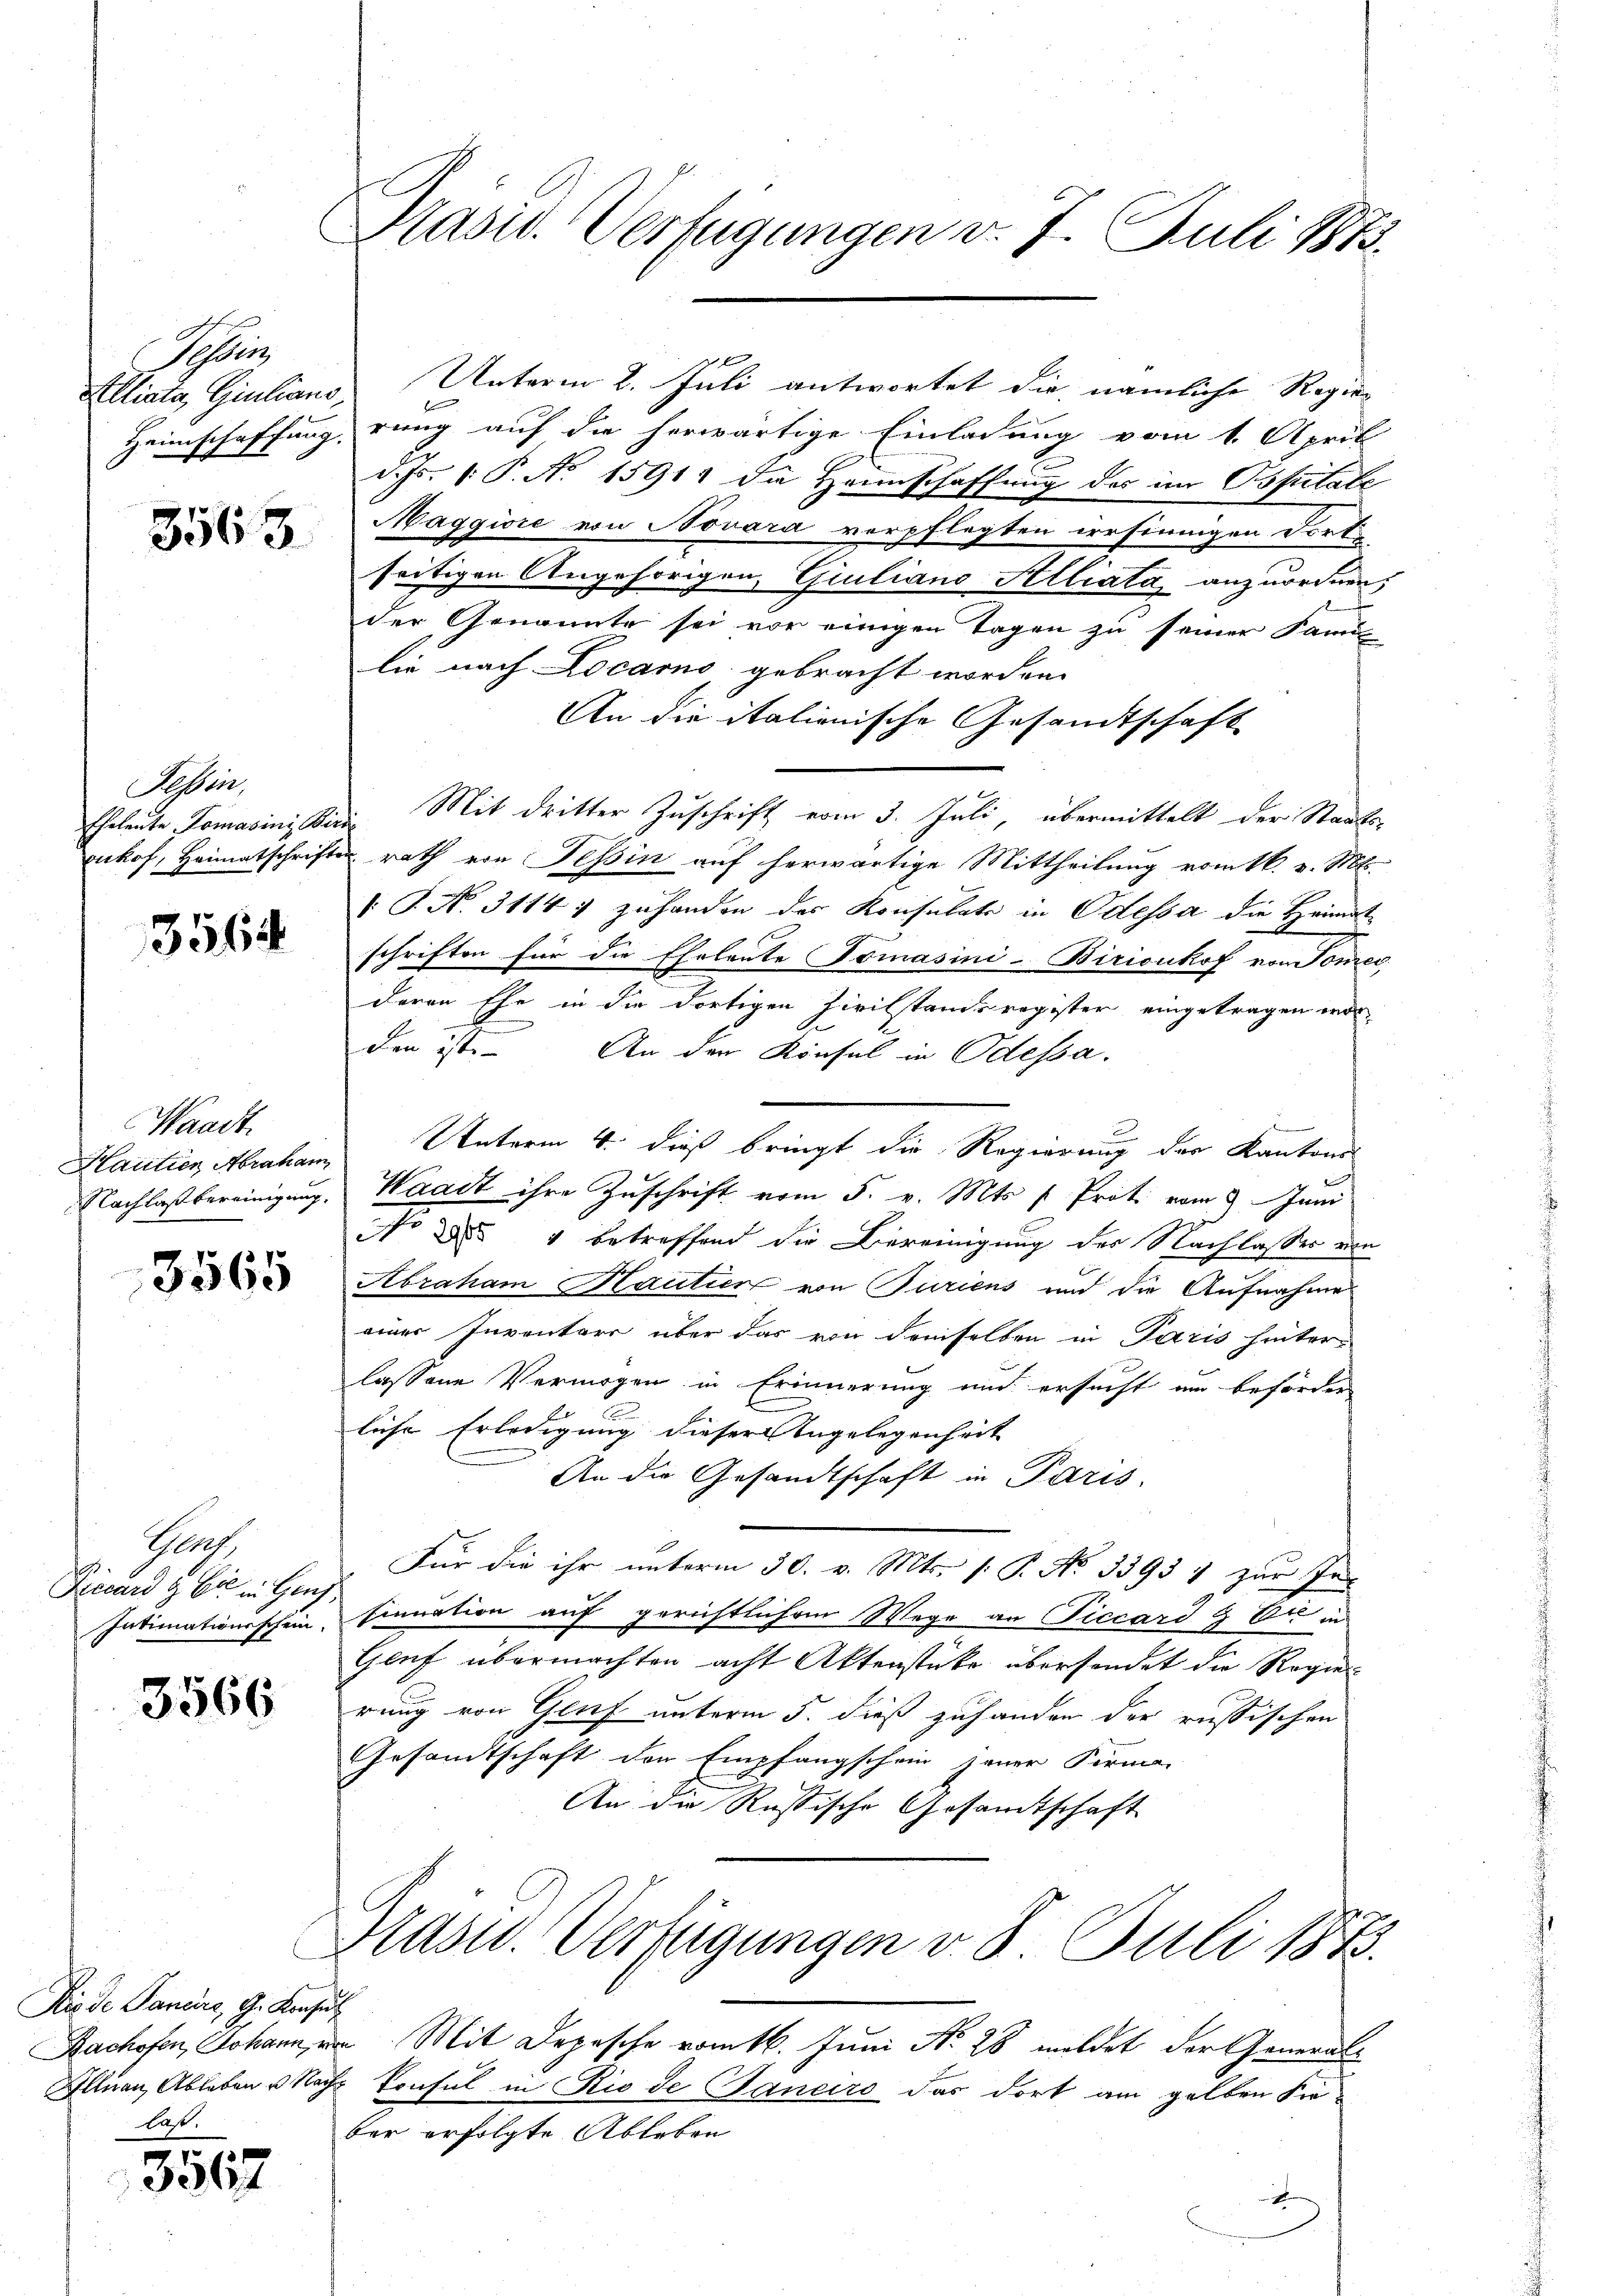
Spörr

3563

Tessin,

356

Waadt.
Hantier Abraham

3565

Guch
Ficcard & Cie in Gen
Intimationsschein.

3566

Die de Paniere, G. Konsul
last.

3567

Pasid. Verfügungen v. 7. Juli 1873.

Alliata, Giulians Unterm 2. Juli antwortet die nämliche Regier
Heimschaffung rung auf die herwärtige Einladung vom 1. April
d. Js. v. P. No 15911 die Hannschaffung des im Ossitate
Maggiore von Novara verpflegten irrsinnigen dort
seitigen Angehörigen, Giuliano Alliata anzuordnen;
der Genannte sei vor einigen Tagen zu seiner Fami
lie nach Locarno, gebracht worden.
An die italienische Gesandtschaft
Eheleute Tomasinistin Mit dritter Zuschrift vom 3. Juli, übermittelt der Staats-
enhof, Heimatschriften rath von Tessin auf herwärtige Mittheilung vom 16. v. Mts.
I
T. N. 31147 zuhanden des Konsulats in Odessa die Heimatschriften für die Eheleute Tomasini-Biricukof von Tomec
deren Ehe in die dortigen Zivilstandsregister eingetragen worden ist. An der Konsul in Odessa.
Unterm 4. dieß bringt die Regierung des Kantons
Nachlaßbereinigung. Waadt ihre Zuschrift vom 5. v. Mts [ Prot. vom 9. Juni
No 284 betreffend die Bereinigung des Nachlasser von
Abraham Kautier von Juriens und die Aufnahme
einer Inventars über das von demselben in Paris hinter-
lassene Vermögen in Erinnerung und ersucht um beförder
liche Erledigung dieser Angelegenheit
An die Gesandtschaft in Paris.
Für die ihr unterm 30. v. Mts. (: P. No 3393 7 zur In
s
sinuation auf gerichtlichem Wege an Piccard & Cie in
Genf übermachten acht Aktenstücke übersendet die Regierung von Genf unterm 5. dieß zuhanden der russischen
Gesandtschaft der Empfangschein jener Firma-
An die Russische Gesamtschaft
Präsid. Verfügungen v. 8. Juli 1873.

x

Bachofen, Johann Mit Depesche vom 16. Juni No 28 meldet der General-
Allian Ableben u. Nach konsul in Rio de Janeiro das dort am gelben Kirber erfolgte Ableben